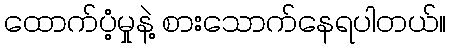
ထောက်ပံ့မှုနဲ့ စားသောက်နေရပါတယ်။